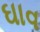
ઘાવ